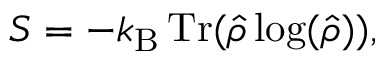
S = - k _ { \mathrm { B } } \operatorname { T r } ( { \widehat { \rho } } \log ( { \widehat { \rho } } ) ) ,